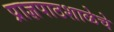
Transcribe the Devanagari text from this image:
प्राज्ञपाठशाळेचे